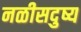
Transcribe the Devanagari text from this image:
नळीसदुष्य